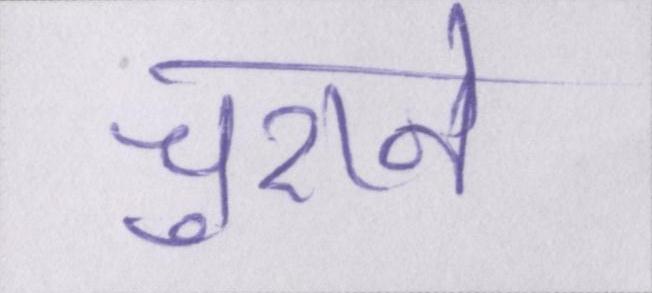
चुराने